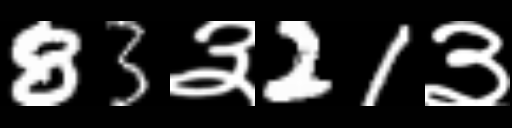
Text: 83३21३